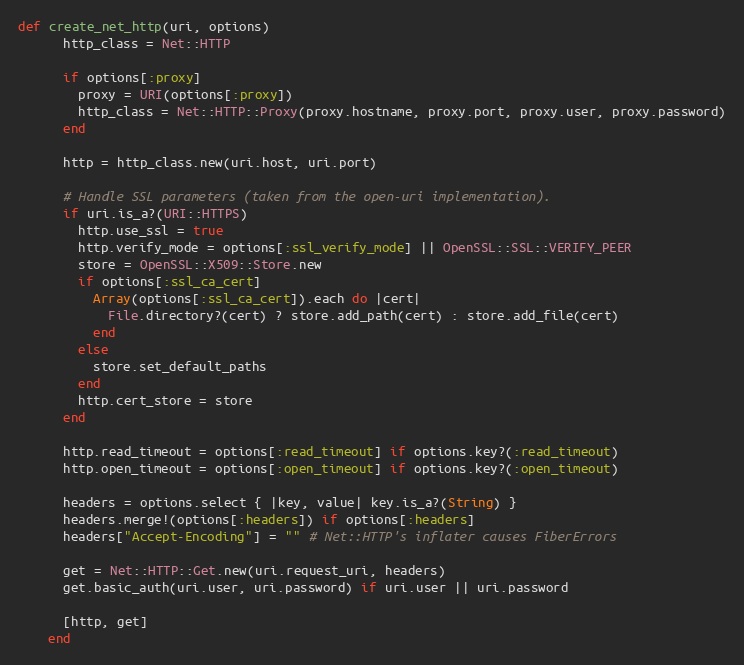
Language: Ruby
def create_net_http(uri, options)
      http_class = Net::HTTP

      if options[:proxy]
        proxy = URI(options[:proxy])
        http_class = Net::HTTP::Proxy(proxy.hostname, proxy.port, proxy.user, proxy.password)
      end

      http = http_class.new(uri.host, uri.port)

      # Handle SSL parameters (taken from the open-uri implementation).
      if uri.is_a?(URI::HTTPS)
        http.use_ssl = true
        http.verify_mode = options[:ssl_verify_mode] || OpenSSL::SSL::VERIFY_PEER
        store = OpenSSL::X509::Store.new
        if options[:ssl_ca_cert]
          Array(options[:ssl_ca_cert]).each do |cert|
            File.directory?(cert) ? store.add_path(cert) : store.add_file(cert)
          end
        else
          store.set_default_paths
        end
        http.cert_store = store
      end

      http.read_timeout = options[:read_timeout] if options.key?(:read_timeout)
      http.open_timeout = options[:open_timeout] if options.key?(:open_timeout)

      headers = options.select { |key, value| key.is_a?(String) }
      headers.merge!(options[:headers]) if options[:headers]
      headers["Accept-Encoding"] = "" # Net::HTTP's inflater causes FiberErrors

      get = Net::HTTP::Get.new(uri.request_uri, headers)
      get.basic_auth(uri.user, uri.password) if uri.user || uri.password

      [http, get]
    end